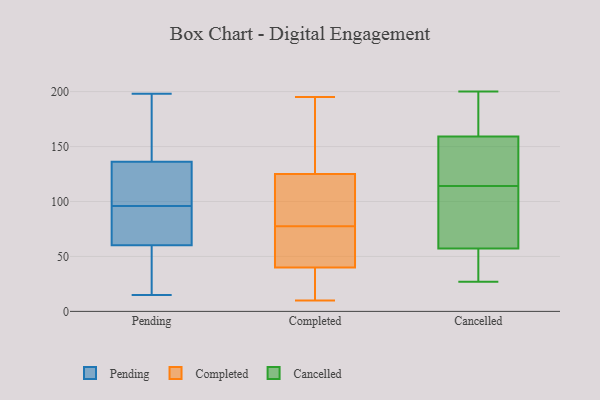
{"axis": {"x": "Demand Index", "y": "Value"}, "legend": ["Cancelled", "Completed", "Pending"], "data": [{"x": "", "y": 198, "type": "Pending"}, {"x": "", "y": 193, "type": "Pending"}, {"x": "", "y": 15, "type": "Pending"}, {"x": "", "y": 62, "type": "Pending"}, {"x": "", "y": 164, "type": "Pending"}, {"x": "", "y": 20, "type": "Pending"}, {"x": "", "y": 170, "type": "Pending"}, {"x": "", "y": 96, "type": "Pending"}, {"x": "", "y": 66, "type": "Pending"}, {"x": "", "y": 43, "type": "Pending"}, {"x": "", "y": 98, "type": "Pending"}, {"x": "", "y": 127, "type": "Pending"}, {"x": "", "y": 109, "type": "Pending"}, {"x": "", "y": 124, "type": "Pending"}, {"x": "", "y": 68, "type": "Pending"}, {"x": "", "y": 55, "type": "Pending"}, {"x": "", "y": 87, "type": "Pending"}, {"x": "", "y": 82, "type": "Completed"}, {"x": "", "y": 122, "type": "Completed"}, {"x": "", "y": 63, "type": "Completed"}, {"x": "", "y": 121, "type": "Completed"}, {"x": "", "y": 145, "type": "Completed"}, {"x": "", "y": 141, "type": "Completed"}, {"x": "", "y": 10, "type": "Completed"}, {"x": "", "y": 179, "type": "Completed"}, {"x": "", "y": 90, "type": "Completed"}, {"x": "", "y": 14, "type": "Completed"}, {"x": "", "y": 34, "type": "Completed"}, {"x": "", "y": 73, "type": "Completed"}, {"x": "", "y": 30, "type": "Completed"}, {"x": "", "y": 39, "type": "Completed"}, {"x": "", "y": 128, "type": "Completed"}, {"x": "", "y": 72, "type": "Completed"}, {"x": "", "y": 41, "type": "Completed"}, {"x": "", "y": 103, "type": "Completed"}, {"x": "", "y": 195, "type": "Completed"}, {"x": "", "y": 43, "type": "Completed"}, {"x": "", "y": 106, "type": "Cancelled"}, {"x": "", "y": 42, "type": "Cancelled"}, {"x": "", "y": 139, "type": "Cancelled"}, {"x": "", "y": 27, "type": "Cancelled"}, {"x": "", "y": 126, "type": "Cancelled"}, {"x": "", "y": 43, "type": "Cancelled"}, {"x": "", "y": 101, "type": "Cancelled"}, {"x": "", "y": 182, "type": "Cancelled"}, {"x": "", "y": 114, "type": "Cancelled"}, {"x": "", "y": 57, "type": "Cancelled"}, {"x": "", "y": 166, "type": "Cancelled"}, {"x": "", "y": 123, "type": "Cancelled"}, {"x": "", "y": 200, "type": "Cancelled"}, {"x": "", "y": 200, "type": "Cancelled"}, {"x": "", "y": 58, "type": "Cancelled"}]}